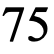
75